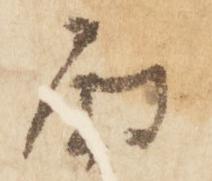
面